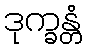
ဒုက္ခန္တံ